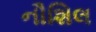
નૌશિલ